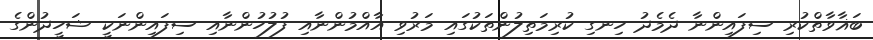
ބަޣާވާތްކުރި ސިފައިންނާ ދެމެދު ހިނގި ކުރިމަތިލުންތަކުގައި މަރުވި އާއްމުންނާއި ފުލުހުންނާއި ސިފައިންނަކީ ޝަހީދުންގެ